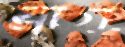
ব্রাগ